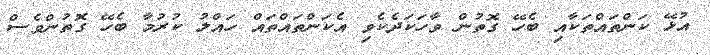
އުޅޭ ކަންތައްތަކާއި ބެހޭ ގޮތުން ވާހަކަދެކެވި އެކަންތައްތައް ހައްލު ކުރުމާ ބެހޭ ގޮތުންވެސް